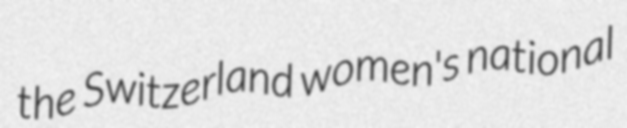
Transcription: the Switzerland women's national